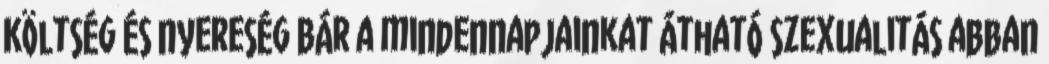
Költség és nyereség Bár a mindennapjainkat átható szexualitás abban